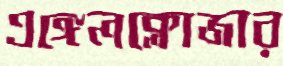
এঙ্গেলক্লোজার